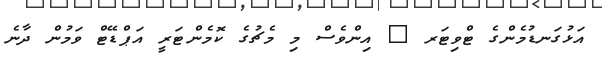
އަޅުގަނޑުމެންގެ ޓްވިޓަރ @ އިންވެސް މި މެޗުގެ ކޮމެންޓަރީ އަޕްޑޭޓް ވަމުން ދާނެ